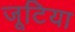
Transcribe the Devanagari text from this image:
जूटिया